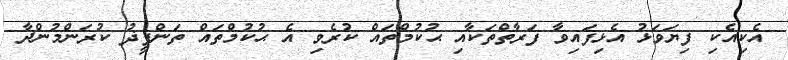
އެކިއެކި ފިޔަވަޅު އެޅިފައިވާ ފަރާތްތަކާއި ޙުކުމްތައް ކުރެވި އެ ޙުކުމްތައް ތަންފީޛު ކުރަންމުންދާ